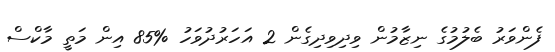
ފެންވަރު ބެލުމުގެ ނިޒާމުން ވިދިވިދިގެން 2 އަހަރުދުވަހު %85 އިން މަތީ މާކްސް